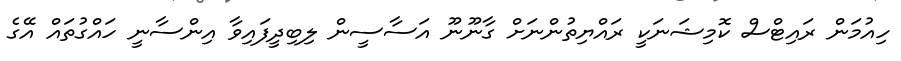
ހިއުމަން ރައިޓްސް ކޮމިޝަނަކީ ރައްޔިތުންނަށް ގާނޫނޫ އަސާސީން ލިބިދީފައިވާ އިންސާނީ ހައްގުތައް އޭގެ